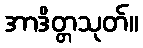
အာဒိတ္တသုတ်။